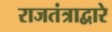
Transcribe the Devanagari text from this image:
राजतंत्राद्वारे